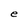
Character: l